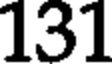
131